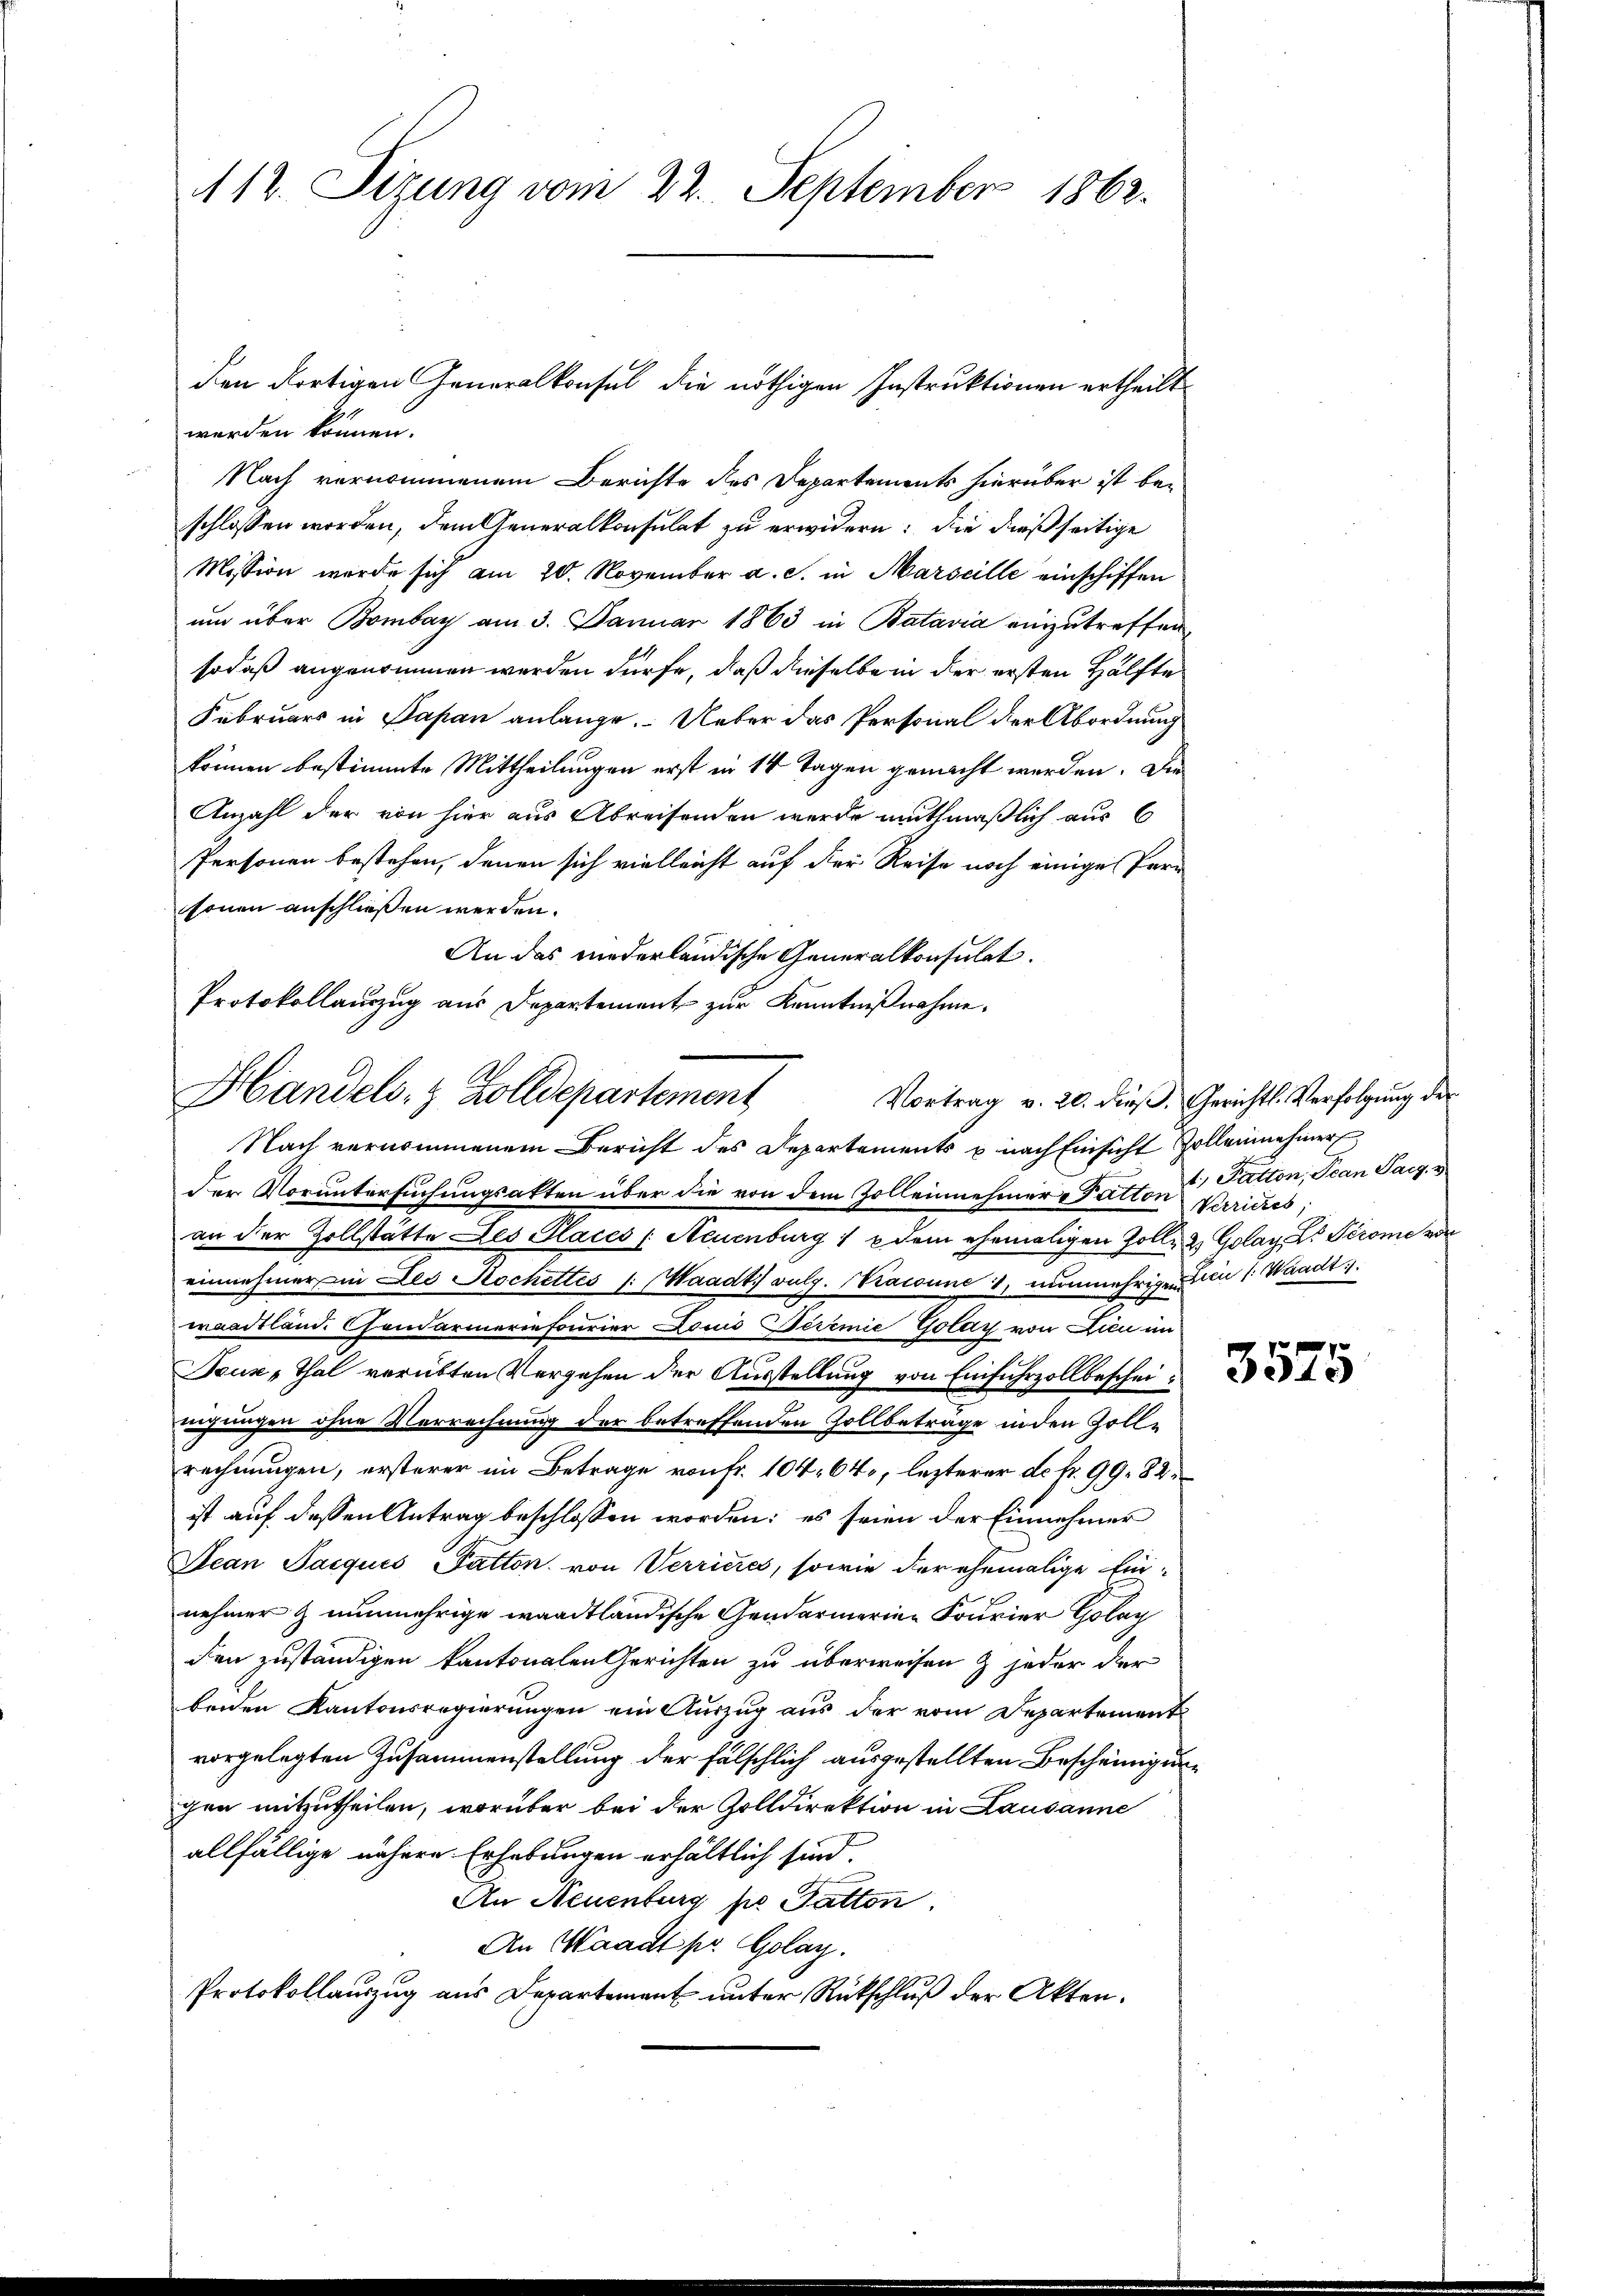
112. Sizung vom 22. September 1862.

werden können.
Nach vernommenem Berichte des Departements hierüber ist beschlossen worden, dem Generalkonsulat zu erwidern: die dießseitige
Mission werde sich am 20. November a. c. in Marseille einschiffen
um über Bombay am 3. Januar 1863 in Batavia einzutreffen
sodaß angenommen werden dürfe, daß dieselbe in der ersten Hälfte
Februars in Papan anlange. Ueber das Personal der Abordnung
können bestimmte Mittheilungen erst in 14 Tagen gemacht werden. Die
Anzahl der von hier aus Abreisenden werde muthmaßlich aus 6
Personen bestehen, denen sich vielleicht auf der Reise noch einige Personen anschließen werden.
An das niederländische Generalkonsulat.
Protokollauszug aus Departement zur Kenntnißnahme.
Nach vernommenem Bericht des Departements u nach Einsicht Zollenehmer
Der Voruntersuchungsakten über die von dem Zollennehmer-Patton Verriches,
an der Zollstätte des Places (Neuenburg 1 & dem ehemaligen Zolle & Golay Dr Térome von
einnehmer in des Rochettis s. Waadt vulg. Kraisine 1, nŭnmehrigen ein /: Waadt.
waadtland. Candarmeriefourier Louis Teremie Golay von Lien im
Neux-Thal verübten Vergehen der Ausstellung von Einfuhrzollbescheinigungen ohne Verrechnung der betreffenden Zollbeträge inden Zoll¬
7
rechnungen, ersterer im Betrage von Fr. 104. 64, lezterer de fr. 99. 82
ist auf dessen Antrag beschlossen worden; es seien der Einnehmer
Sean Pacquis Patton, von Verrieres, sowie der ehemalige Ein-
nehmer & nunmehrige waadtländische Gendarmerine Fourier Golay
den zuständigen kantonalen Gerichten zu überweisen & jeder der
beiden Kantonsregierungen ein Auszug aus der vom Departement
vorgelegten Zusammenstellung der fälschlich ausgestellten Bescheinigung
gen mitzutheilen, worüber bei der Zolldirektion in Lausanne
allfällige nähere Erhebungen erhältlich sind.
An Neuenburg pe Gatten
An Waadt pr. Golay.
Protokollauszug aus Departement unter Rückschluß der Akten.

den dortigen Generalkonsul die nöthigen Instruktionen ertheilt

Handels- & Zolldepartement
Vortrag v. 20. dieß. Gerichts-Verfolgung der

1; Fatton, Jean Parz.

3575